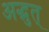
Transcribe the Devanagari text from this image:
अद्भुत्‌